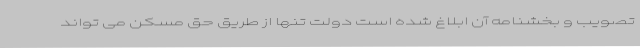
تصویب و بخشنامه آن ابلاغ شده است دولت تنها از طریق حق مسکن می تواند